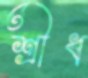
শ্রীধ